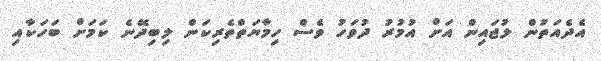
އެދެއަތުން ލުޖައިން އަށް އުމުރު ދުވަހު ވެސް ހިމާޔަތްތެރިކަން ލިބިދޭނެ ކަމަށް ބަހަކާއި